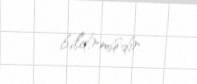
bildirmişdir.